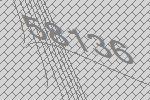
58136